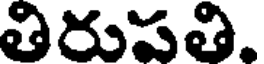
తిరుపతి.